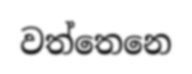
වත්තෙනෙ